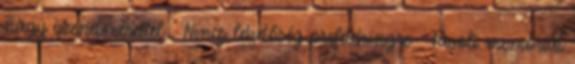
nagy üzenetmérettel ● Nincs lehetőség prefetchingre ● Távoli memóriát